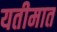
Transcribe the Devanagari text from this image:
यतीमात